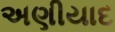
અણીયાદ